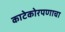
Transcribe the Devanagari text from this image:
काटेकोरपणाचा